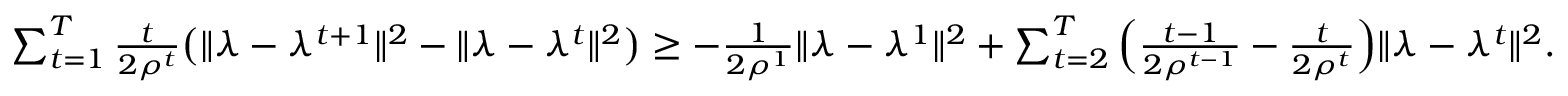
\begin{array} { r l } & { \sum _ { t = 1 } ^ { T } \frac { t } { 2 \rho ^ { t } } \big ( \| \lambda - \lambda ^ { t + 1 } \| ^ { 2 } - \| \lambda - \lambda ^ { t } \| ^ { 2 } \big ) \geq - \frac { 1 } { 2 \rho ^ { 1 } } \| \lambda - \lambda ^ { 1 } \| ^ { 2 } + \sum _ { t = 2 } ^ { T } \Big ( \frac { t - 1 } { 2 \rho ^ { t - 1 } } - \frac { t } { 2 \rho ^ { t } } \Big ) \| \lambda - \lambda ^ { t } \| ^ { 2 } . } \end{array}